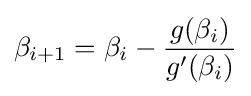
\beta _{i+1}=\beta _{i}-{\frac {g(\beta _{i})}{g'(\beta _{i})}}